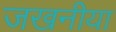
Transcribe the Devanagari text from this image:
जखनीया